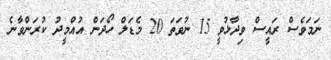
ނަމަވެސް ރައީސް ވިދާޅުވީ 15 ނުވަތަ 20 މެޑަލް ހޯދަން އުއްމީދު ކުރަންވާނެ